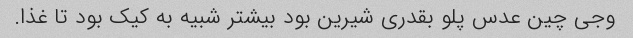
وجی چین عدس پلو بقدری شیرین بود بیشتر شبیه به کیک بود تا غذا.